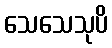
သေသေသုပိ